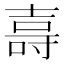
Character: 𭐖